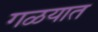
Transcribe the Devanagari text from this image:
गळयात